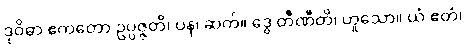
ဒုဝိဓာ ဧကတော ဥပ္ပဇ္ဇတိ၊ ပန၊ ဆက်။ ဒွေ တီဏီတိ၊ ဟူသော။ ယံ ဧတံ၊